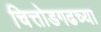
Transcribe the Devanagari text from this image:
चित्तोडगढच्या